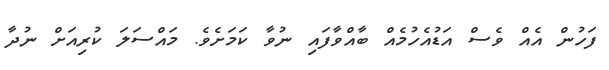
ފަހުން އެއް ވެސް އަޑުއެހުމެއް ބާއްވާފައި ނުވާ ކަމަށެވެ. މައްސަލަ ކުރިއަށް ނުދާ